Statistics compiled by the Government of India from the reports of provincial Civil Veterinary Departments
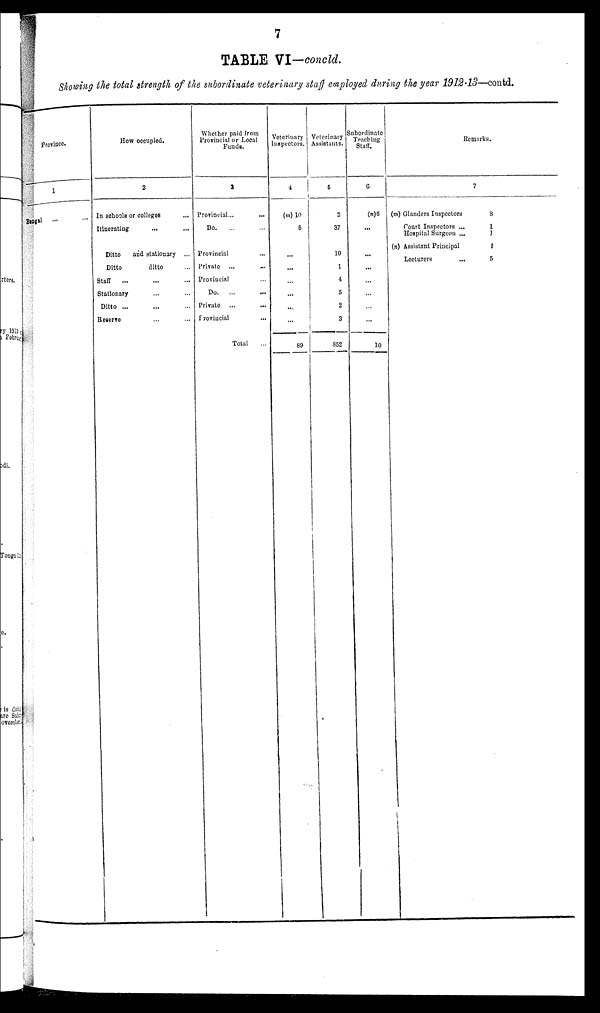
7
TABLE VI-concld.
Showing the total strength of the subordinate veterinary staff employed during the year 1912-13—contd.
Province.
1
Bengal ... ...
How occupied.
2
In schools or colleges ...
Itinerating ... ...
Ditto
and stationary ...
Ditto
ditto ...
Staff
... ... ...
Stationary ... ...
Ditto ... ...
Reserve ... ...
Whether paid from
Provincial or Local
Funds.
3
Provincial
...
...
Do.
... ...
Provincial ...
Private ... ...
Provincial ... ...
Do. ... ... ...
Private ... ...
Provincial ...
Total ...
Veterinary
Inspectors.
4
(m) 10
5
...
...
...
...
...
...
89
Veterinary
Assistants.
5
2
37
10
1
4
5
2
3
852
Subordinate
Teaching
Staff.
6
(n)6
...
...
...
...
...
...
...
10
Remarks.
7
(m) Glanders Inspectors
8
Court Inspectors ... 1
Hospital Surgeon ...
1
(n)
Assistant Principal
1
Lecturers
...
5